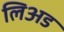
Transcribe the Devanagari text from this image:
लिअड